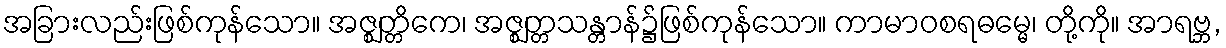
အခြားလည်းဖြစ်ကုန်သော။ အဇ္ဈတ္တိကေ၊ အဇ္ဈတ္တသန္တာန်၌ဖြစ်ကုန်သော။ ကာမာဝစရဓမ္မေ၊ တို့ကို။ အာရဗ္ဘ,